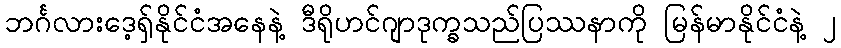
ဘင်္ဂလားဒေ့ရှ်နိုင်ငံအနေနဲ့ ဒီရိုဟင်ဂျာဒုက္ခသည်ပြဿနာကို မြန်မာနိုင်ငံနဲ့ ၂